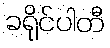
ခရိုင်ပါတီ